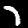
Label: 7